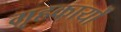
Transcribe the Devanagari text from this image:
गृहकार्यों